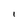
Character: i